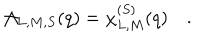
LaTeX: { \cal A } _ { L , M , S } ( q ) = \chi _ { L , M } ^ { ( S ) } ( q ) \quad .